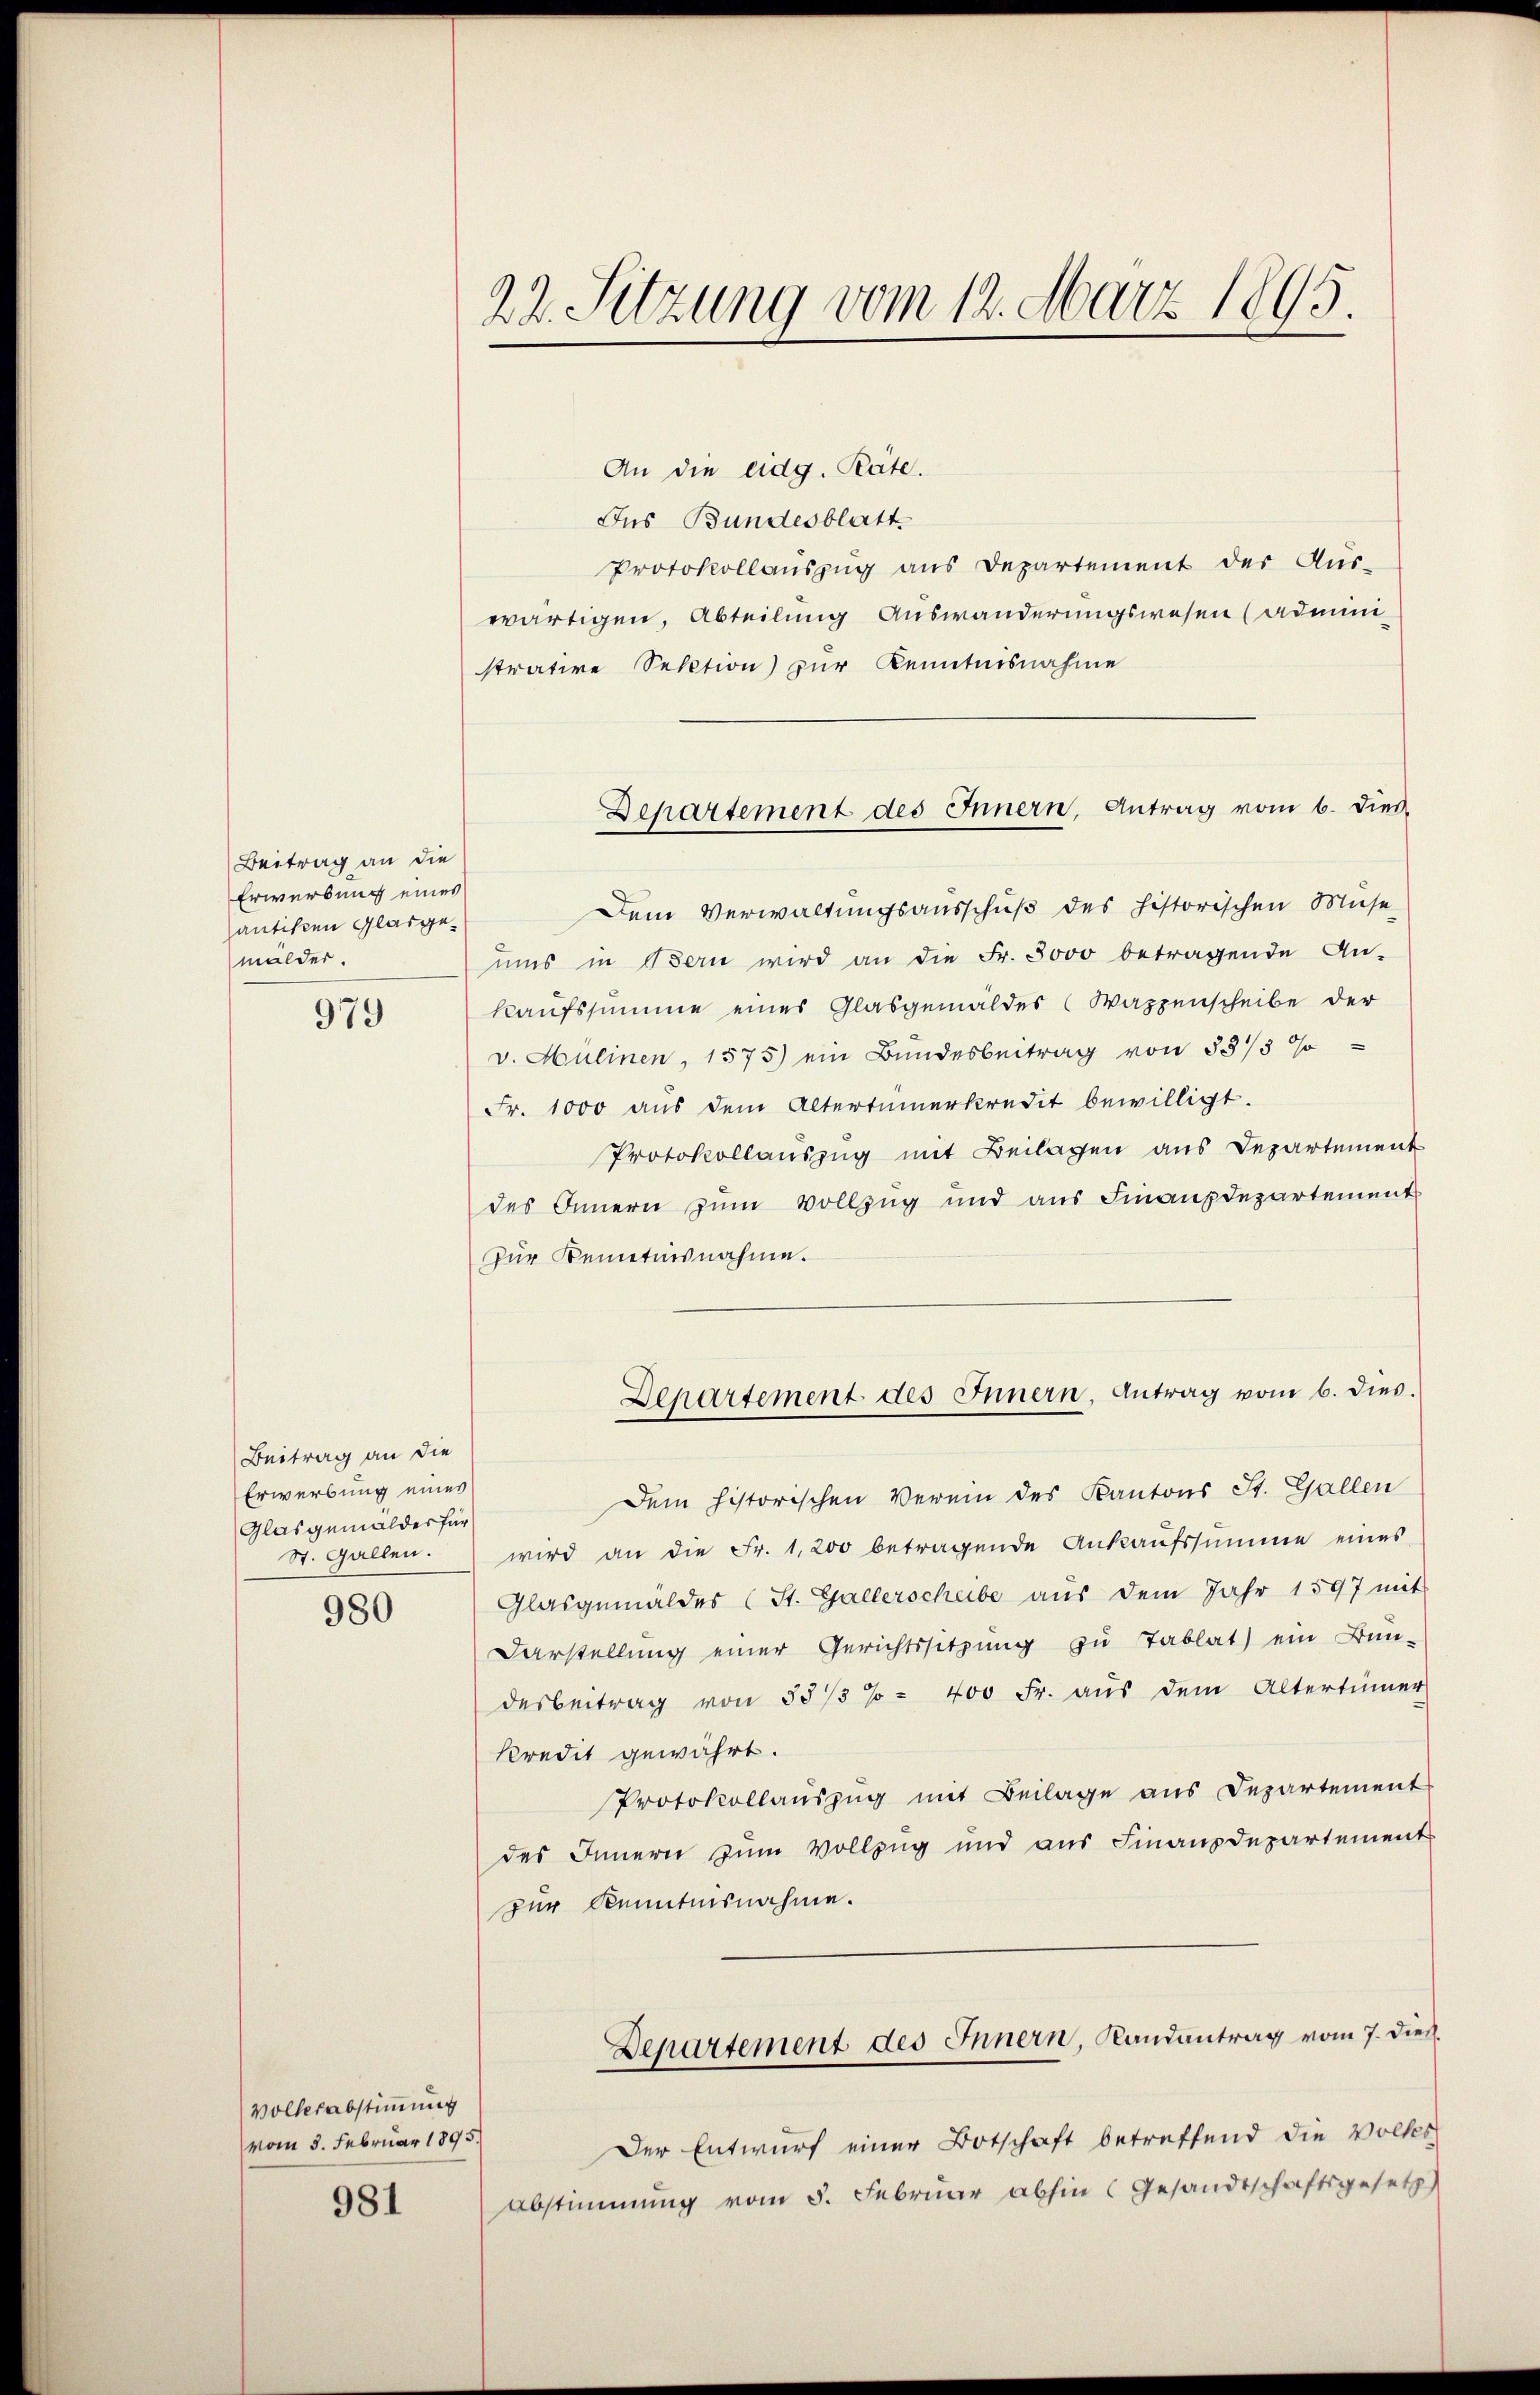
Beitrag an die
Erwerbung eines
antiken Glasgemalder.

979

Beitrag an die
Erwerbung eines
Glasgemälder für
St. Gallen.

980

Volkesabstimmung
vom 5. Februar 1895.

981

22. Sitzung vom 12. März 1895.

An die eidg. Räte.
Ins Bundesblatt
Protokollauszug aus Departement der Aus-
wärtigen, Abteilung Auswanderungswesen (Admini-
strative Sektion zur Kenntnisnahme
Dem Verwaltungsausschuß des historischen Muse
ŭms in Bern wird an die Fr. 3000 betragende An-
kaufssumme eines Glasgemäldes (Wappenscheibe der
v. Mülinen, 1575) ein Bundesbeitrag von 58/3 %
Fr. 1000 aus dem Altertümerkredit bewilligt.
Protokollauszug mit Beilagen aus Departement
des Innern zum Vollzug und aus Finanzdepartement
Zur Kenntnisnahme.
Departement des Innern, Antrag vom 6. dies.
Dem historischen Verein des Kantons St. Gallen
wird an die Fr. 1200 betragende Ankaŭfssumme eines
Glasgemäldes (St. Gallerschube aŭs dem Jahr 1597 mit
Darstellung einer Gerichtssitzung zu Tablat) ein Bun-
desbeitrag von 58/3 % - 400 Fr. aŭs dem Altertümer
kredit gewährt.
Protokollauszug mit Beilage aus Departement
des Innern zum Vollzug und aus Finanzdepartement
zur Kenntnisnahme.
Departement des Innern, Randantrag vom 7. dieß.
Der Entwurf einer Botschaft betreffend die Volkes
Abstimmung vom 5. Februar abhin (Gesandtschaftsgesetz

Departement des Innern, Antrag vom 6. dies